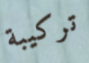
تركيبة